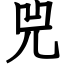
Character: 兕